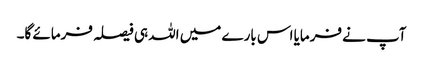
آپ نے فرمایا اس بارے میں اللہ ہی فیصلہ فرمائے گا۔